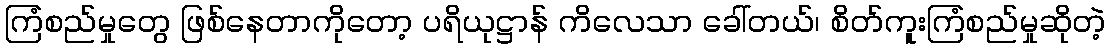
ကြံစည်မှုတွေ ဖြစ်နေတာကိုတော့ ပရိယုဋ္ဌာန် ကိလေသာ ခေါ်တယ်၊ စိတ်ကူးကြံစည်မှုဆိုတဲ့